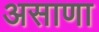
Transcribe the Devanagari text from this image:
असाणा